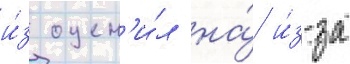
и́з оцен'и́л на́ и́з-за